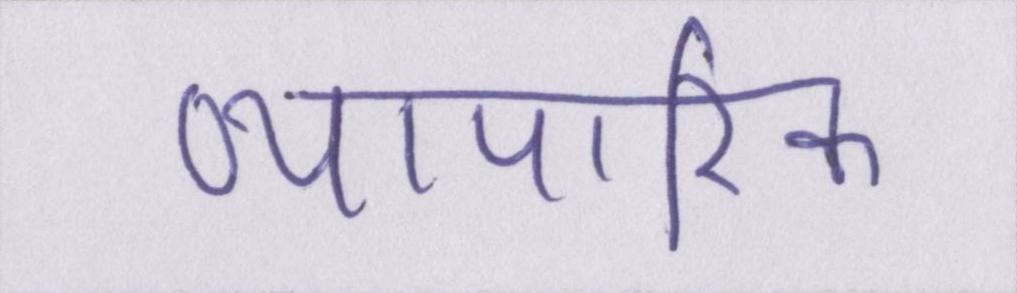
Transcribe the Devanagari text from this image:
व्यापारिक